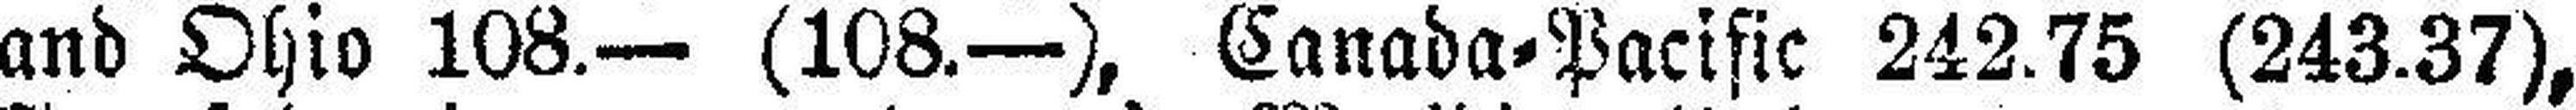
and Ohio 108.— (108.—), Canada=Pacific 242.75 (243.37),